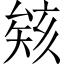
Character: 𪠠